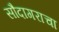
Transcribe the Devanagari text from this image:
सौदागराचा